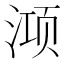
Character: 𭱊